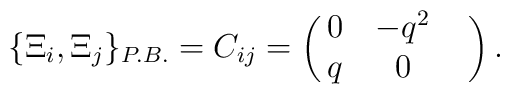
\{\Xi_i,\Xi_j\}_{P.B.} = C_{ij} =                        \pmatrix{0&-q^2 & \cr                                 q&0&}.